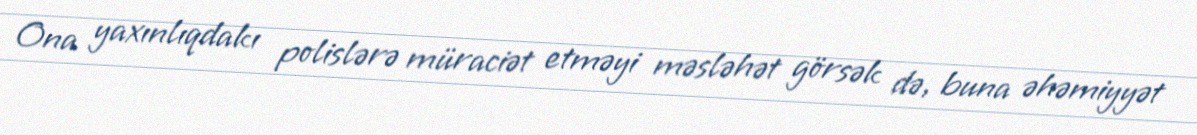
Ona yaxınlıqdakı polislərə müraciət etməyi məsləhət görsək də, buna əhəmiyyət